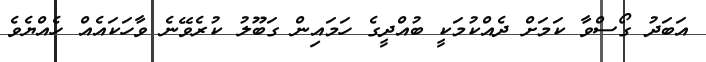
އަބަދު ގޯސްވާ ކަމަށް ދެއްކުމަކީ ބުއްދީގެ ހަމައިން ގަބޫލު ކުރެވޭނެ ވާހަަކައެއް ހެއްޔެވެ